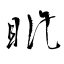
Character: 眦